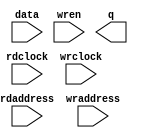
// megafunction wizard: %RAM: 2-PORT%VBB%
// GENERATION: STANDARD
// VERSION: WM1.0
// MODULE: altsyncram 

// ============================================================
// Megafunction Name(s):
// 			altsyncram
//
// Simulation Library Files(s):
// 			altera_mf
// ============================================================
// ************************************************************
// THIS IS A WIZARD-GENERATED FILE. DO NOT EDIT THIS FILE!
//
// 13.0.1 Build 232 06/12/2013 SP 1 SJ Web Edition
// ************************************************************

//Copyright (C) 1991-2013 Altera Corporation
//Your use of Altera Corporation's design tools, logic functions 
//and other software and tools, and its AMPP partner logic 
//functions, and any output files from any of the foregoing 
//(including device programming or simulation files), and any 
//associated documentation or information are expressly subject 
//to the terms and conditions of the Altera Program License 
//Subscription Agreement, Altera MegaCore Function License 
//Agreement, or other applicable license agreement, including, 
//without limitation, that your use is for the sole purpose of 
//programming logic devices manufactured by Altera and sold by 
//Altera or its authorized distributors.  Please refer to the 
//applicable agreement for further details.

module datamem16 (
	data,
	rdaddress,
	rdclock,
	wraddress,
	wrclock,
	wren,
	q);

	input	[31:0]  data;
	input	[8:0]  rdaddress;
	input	  rdclock;
	input	[7:0]  wraddress;
	input	  wrclock;
	input	  wren;
	output	[15:0]  q;
`ifndef ALTERA_RESERVED_QIS
// synopsys translate_off
`endif
	tri1	  wrclock;
	tri0	  wren;
`ifndef ALTERA_RESERVED_QIS
// synopsys translate_on
`endif

endmodule

// ============================================================
// CNX file retrieval info
// ============================================================
// Retrieval info: PRIVATE: ADDRESSSTALL_A NUMERIC "0"
// Retrieval info: PRIVATE: ADDRESSSTALL_B NUMERIC "0"
// Retrieval info: PRIVATE: BYTEENA_ACLR_A NUMERIC "0"
// Retrieval info: PRIVATE: BYTEENA_ACLR_B NUMERIC "0"
// Retrieval info: PRIVATE: BYTE_ENABLE_A NUMERIC "0"
// Retrieval info: PRIVATE: BYTE_ENABLE_B NUMERIC "0"
// Retrieval info: PRIVATE: BYTE_SIZE NUMERIC "8"
// Retrieval info: PRIVATE: BlankMemory NUMERIC "1"
// Retrieval info: PRIVATE: CLOCK_ENABLE_INPUT_A NUMERIC "0"
// Retrieval info: PRIVATE: CLOCK_ENABLE_INPUT_B NUMERIC "0"
// Retrieval info: PRIVATE: CLOCK_ENABLE_OUTPUT_A NUMERIC "0"
// Retrieval info: PRIVATE: CLOCK_ENABLE_OUTPUT_B NUMERIC "0"
// Retrieval info: PRIVATE: CLRdata NUMERIC "0"
// Retrieval info: PRIVATE: CLRq NUMERIC "0"
// Retrieval info: PRIVATE: CLRrdaddress NUMERIC "0"
// Retrieval info: PRIVATE: CLRrren NUMERIC "0"
// Retrieval info: PRIVATE: CLRwraddress NUMERIC "0"
// Retrieval info: PRIVATE: CLRwren NUMERIC "0"
// Retrieval info: PRIVATE: Clock NUMERIC "1"
// Retrieval info: PRIVATE: Clock_A NUMERIC "0"
// Retrieval info: PRIVATE: Clock_B NUMERIC "0"
// Retrieval info: PRIVATE: IMPLEMENT_IN_LES NUMERIC "0"
// Retrieval info: PRIVATE: INDATA_ACLR_B NUMERIC "0"
// Retrieval info: PRIVATE: INDATA_REG_B NUMERIC "0"
// Retrieval info: PRIVATE: INIT_FILE_LAYOUT STRING "PORT_B"
// Retrieval info: PRIVATE: INIT_TO_SIM_X NUMERIC "0"
// Retrieval info: PRIVATE: INTENDED_DEVICE_FAMILY STRING "Cyclone V"
// Retrieval info: PRIVATE: JTAG_ENABLED NUMERIC "0"
// Retrieval info: PRIVATE: JTAG_ID STRING "NONE"
// Retrieval info: PRIVATE: MAXIMUM_DEPTH NUMERIC "0"
// Retrieval info: PRIVATE: MEMSIZE NUMERIC "8192"
// Retrieval info: PRIVATE: MEM_IN_BITS NUMERIC "0"
// Retrieval info: PRIVATE: MIFfilename STRING ""
// Retrieval info: PRIVATE: OPERATION_MODE NUMERIC "2"
// Retrieval info: PRIVATE: OUTDATA_ACLR_B NUMERIC "0"
// Retrieval info: PRIVATE: OUTDATA_REG_B NUMERIC "0"
// Retrieval info: PRIVATE: RAM_BLOCK_TYPE NUMERIC "0"
// Retrieval info: PRIVATE: READ_DURING_WRITE_MODE_MIXED_PORTS NUMERIC "2"
// Retrieval info: PRIVATE: READ_DURING_WRITE_MODE_PORT_A NUMERIC "3"
// Retrieval info: PRIVATE: READ_DURING_WRITE_MODE_PORT_B NUMERIC "3"
// Retrieval info: PRIVATE: REGdata NUMERIC "1"
// Retrieval info: PRIVATE: REGq NUMERIC "1"
// Retrieval info: PRIVATE: REGrdaddress NUMERIC "1"
// Retrieval info: PRIVATE: REGrren NUMERIC "1"
// Retrieval info: PRIVATE: REGwraddress NUMERIC "1"
// Retrieval info: PRIVATE: REGwren NUMERIC "1"
// Retrieval info: PRIVATE: SYNTH_WRAPPER_GEN_POSTFIX STRING "0"
// Retrieval info: PRIVATE: USE_DIFF_CLKEN NUMERIC "0"
// Retrieval info: PRIVATE: UseDPRAM NUMERIC "1"
// Retrieval info: PRIVATE: VarWidth NUMERIC "1"
// Retrieval info: PRIVATE: WIDTH_READ_A NUMERIC "32"
// Retrieval info: PRIVATE: WIDTH_READ_B NUMERIC "16"
// Retrieval info: PRIVATE: WIDTH_WRITE_A NUMERIC "32"
// Retrieval info: PRIVATE: WIDTH_WRITE_B NUMERIC "16"
// Retrieval info: PRIVATE: WRADDR_ACLR_B NUMERIC "0"
// Retrieval info: PRIVATE: WRADDR_REG_B NUMERIC "0"
// Retrieval info: PRIVATE: WRCTRL_ACLR_B NUMERIC "0"
// Retrieval info: PRIVATE: enable NUMERIC "0"
// Retrieval info: PRIVATE: rden NUMERIC "0"
// Retrieval info: LIBRARY: altera_mf altera_mf.altera_mf_components.all
// Retrieval info: CONSTANT: ADDRESS_ACLR_B STRING "NONE"
// Retrieval info: CONSTANT: ADDRESS_REG_B STRING "CLOCK1"
// Retrieval info: CONSTANT: CLOCK_ENABLE_INPUT_A STRING "BYPASS"
// Retrieval info: CONSTANT: CLOCK_ENABLE_INPUT_B STRING "BYPASS"
// Retrieval info: CONSTANT: CLOCK_ENABLE_OUTPUT_B STRING "BYPASS"
// Retrieval info: CONSTANT: INTENDED_DEVICE_FAMILY STRING "Cyclone V"
// Retrieval info: CONSTANT: LPM_TYPE STRING "altsyncram"
// Retrieval info: CONSTANT: NUMWORDS_A NUMERIC "256"
// Retrieval info: CONSTANT: NUMWORDS_B NUMERIC "512"
// Retrieval info: CONSTANT: OPERATION_MODE STRING "DUAL_PORT"
// Retrieval info: CONSTANT: OUTDATA_ACLR_B STRING "NONE"
// Retrieval info: CONSTANT: OUTDATA_REG_B STRING "UNREGISTERED"
// Retrieval info: CONSTANT: POWER_UP_UNINITIALIZED STRING "FALSE"
// Retrieval info: CONSTANT: WIDTHAD_A NUMERIC "8"
// Retrieval info: CONSTANT: WIDTHAD_B NUMERIC "9"
// Retrieval info: CONSTANT: WIDTH_A NUMERIC "32"
// Retrieval info: CONSTANT: WIDTH_B NUMERIC "16"
// Retrieval info: CONSTANT: WIDTH_BYTEENA_A NUMERIC "1"
// Retrieval info: USED_PORT: data 0 0 32 0 INPUT NODEFVAL "data[31..0]"
// Retrieval info: USED_PORT: q 0 0 16 0 OUTPUT NODEFVAL "q[15..0]"
// Retrieval info: USED_PORT: rdaddress 0 0 9 0 INPUT NODEFVAL "rdaddress[8..0]"
// Retrieval info: USED_PORT: rdclock 0 0 0 0 INPUT NODEFVAL "rdclock"
// Retrieval info: USED_PORT: wraddress 0 0 8 0 INPUT NODEFVAL "wraddress[7..0]"
// Retrieval info: USED_PORT: wrclock 0 0 0 0 INPUT VCC "wrclock"
// Retrieval info: USED_PORT: wren 0 0 0 0 INPUT GND "wren"
// Retrieval info: CONNECT: @address_a 0 0 8 0 wraddress 0 0 8 0
// Retrieval info: CONNECT: @address_b 0 0 9 0 rdaddress 0 0 9 0
// Retrieval info: CONNECT: @clock0 0 0 0 0 wrclock 0 0 0 0
// Retrieval info: CONNECT: @clock1 0 0 0 0 rdclock 0 0 0 0
// Retrieval info: CONNECT: @data_a 0 0 32 0 data 0 0 32 0
// Retrieval info: CONNECT: @wren_a 0 0 0 0 wren 0 0 0 0
// Retrieval info: CONNECT: q 0 0 16 0 @q_b 0 0 16 0
// Retrieval info: GEN_FILE: TYPE_NORMAL datamem16.v TRUE
// Retrieval info: GEN_FILE: TYPE_NORMAL datamem16.inc FALSE
// Retrieval info: GEN_FILE: TYPE_NORMAL datamem16.cmp FALSE
// Retrieval info: GEN_FILE: TYPE_NORMAL datamem16.bsf FALSE
// Retrieval info: GEN_FILE: TYPE_NORMAL datamem16_inst.v FALSE
// Retrieval info: GEN_FILE: TYPE_NORMAL datamem16_bb.v TRUE
// Retrieval info: LIB_FILE: altera_mf